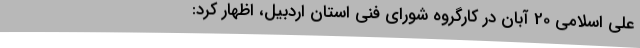
علی اسلامی 20 آبان در کارگروه شورای فنی استان اردبیل، ‌اظهار کرد: